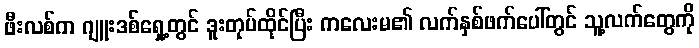
ဖီးလစ်က ဂျူးဒစ်ရှေ့တွင် ဒူးတုပ်ထိုင်ပြီး ကလေးမ၏ လက်နှစ်ဖက်ပေါ်တွင် သူ့လက်တွေကို